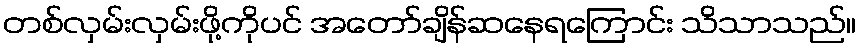
တစ်လှမ်းလှမ်းဖို့ကိုပင် အတော်ချိန်ဆနေရကြောင်း သိသာသည်။